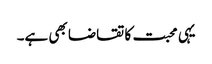
یہی محبت کا تقاضا بھی ہے۔